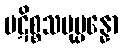
ပဋိစ္စသမုပ္ပန္နော